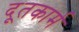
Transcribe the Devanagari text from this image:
दूतकार्म